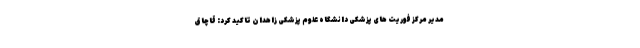
مدیر مرکز فوریت های پزشکی دانشگاه علوم پزشکی زاهدان تاکید کرد: قاچاق